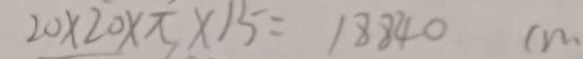
2 0 \times 2 0 \times \pi \times 1 5 = 1 8 8 4 0 c m